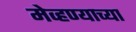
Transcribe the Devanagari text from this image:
मेव्हण्याच्या